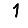
Digit: 1